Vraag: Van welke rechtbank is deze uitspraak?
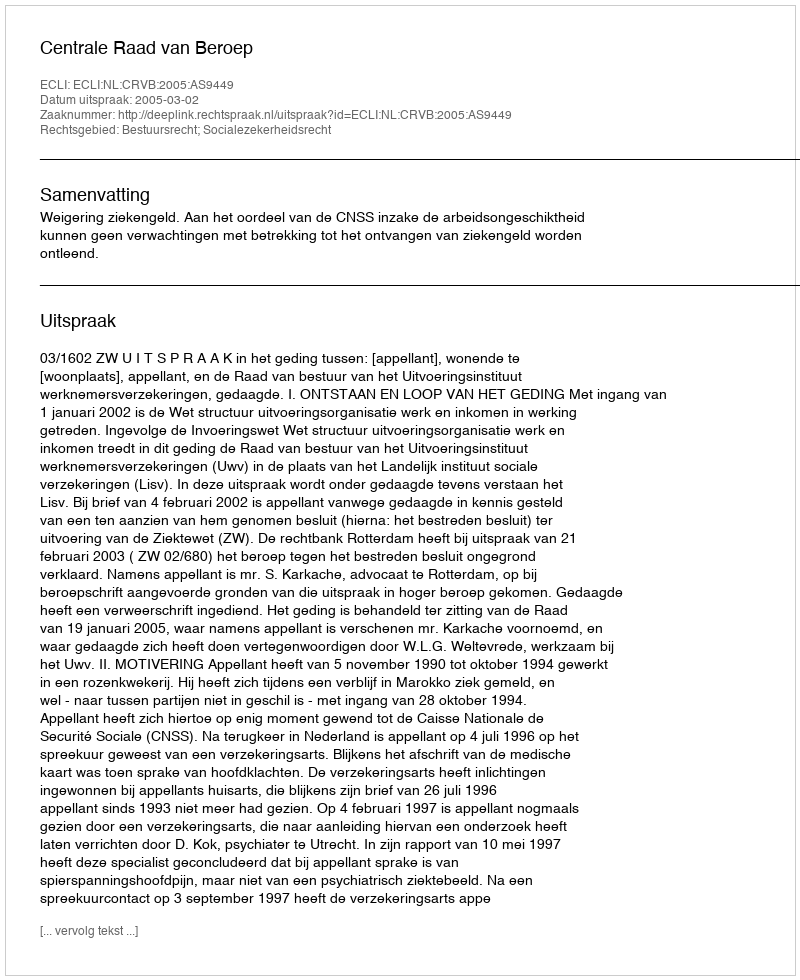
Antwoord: Centrale Raad van Beroep